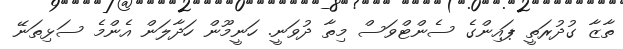
ތާޒާ ގުދުރަތީ ޕައިންގެ ސެންޓްވަސް މިތާ ދުވަނީ. ހަނީމޫން ހަދާލަން އެންމެ ސަޅިތަނޭ